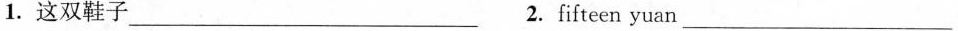
1. 这双鞋子 ___ 2. fifteen yuan ___